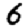
Digit: 6